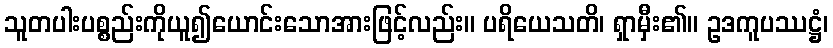
သူတပါးပစ္စည်းကိုယူ၍ယောင်းသောအားဖြင့်လည်း။ ပရိယေသတိ၊ ရှာမှီး၏။ ဥဒကူပဿဋ္ဌံ၊